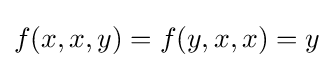
f(x,x,y)=f(y,x,x)=y